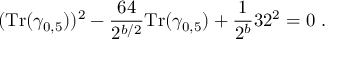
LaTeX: ( { \mathrm { T r } } ( \gamma _ { 0 , 5 } ) ) ^ { 2 } - { \frac { 6 4 } { 2 ^ { b / 2 } } } { \mathrm { T r } } ( \gamma _ { 0 , 5 } ) + { \frac { 1 } { 2 ^ { b } } } 3 2 ^ { 2 } = 0 ~ .